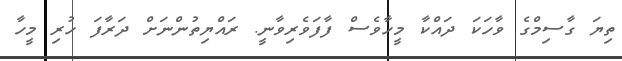
ތިޔަ ގާސިމްގެ ވާހަަކަ ދައްކާ މީހާވެސް ފާފަވެރިވާނީ. ރައްޔިތުންނަށް ދަރާފަ ހުރި މީހާ